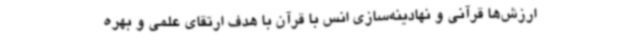
ارزش‌ها قرآنی و نهادینه‌سازی انس با قرآن با هدف ارتقای علمی و بهره